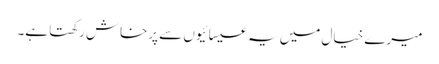
میرے خیال میں یہ عیسائیوں سے پرخاش رکھتا ہے۔